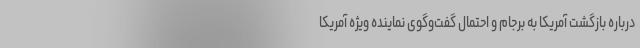
درباره بازگشت آمریکا به برجام و احتمال گفت‌وگوی نماینده ویژه آمریکا